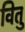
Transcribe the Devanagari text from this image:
वितु